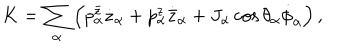
LaTeX: K = \sum _ { \alpha } \left( p _ { \alpha } ^ { \bar { z } } \dot { z } _ { \alpha } + p _ { \alpha } ^ { z } \dot { { \bar { z } } } _ { \alpha } + J _ { \alpha } \cos \theta _ { \alpha } \dot { \phi } _ { \alpha } \right) ,